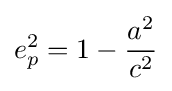
e_{p}^{2}=1-{\frac {a^{2}}{c^{2}}}